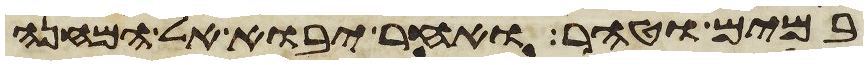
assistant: במים וטהר ואחר יבוא אל המחנה